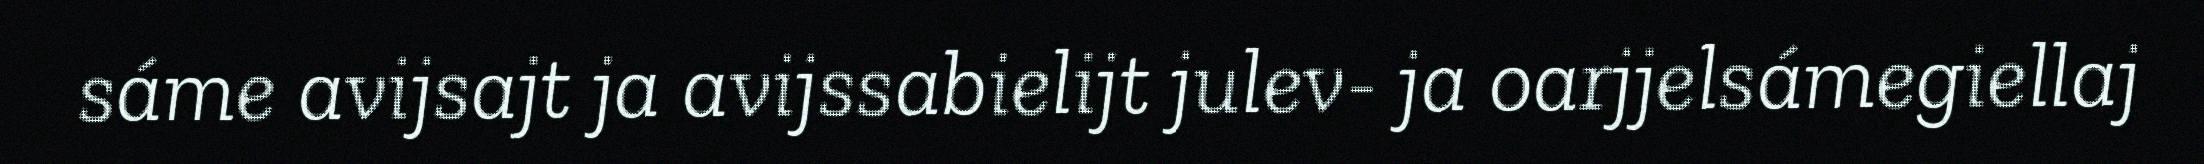
sáme avijsajt ja avijssabielijt julev- ja oarjjelsámegiellaj